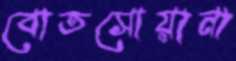
বোতসোয়ানা